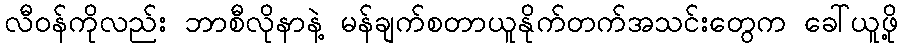
လီဝန်ကိုလည်း ဘာစီလိုနာနဲ့ မန်ချက်စတာယူနိုက်တက်အသင်းတွေက ခေါ်ယူဖို့